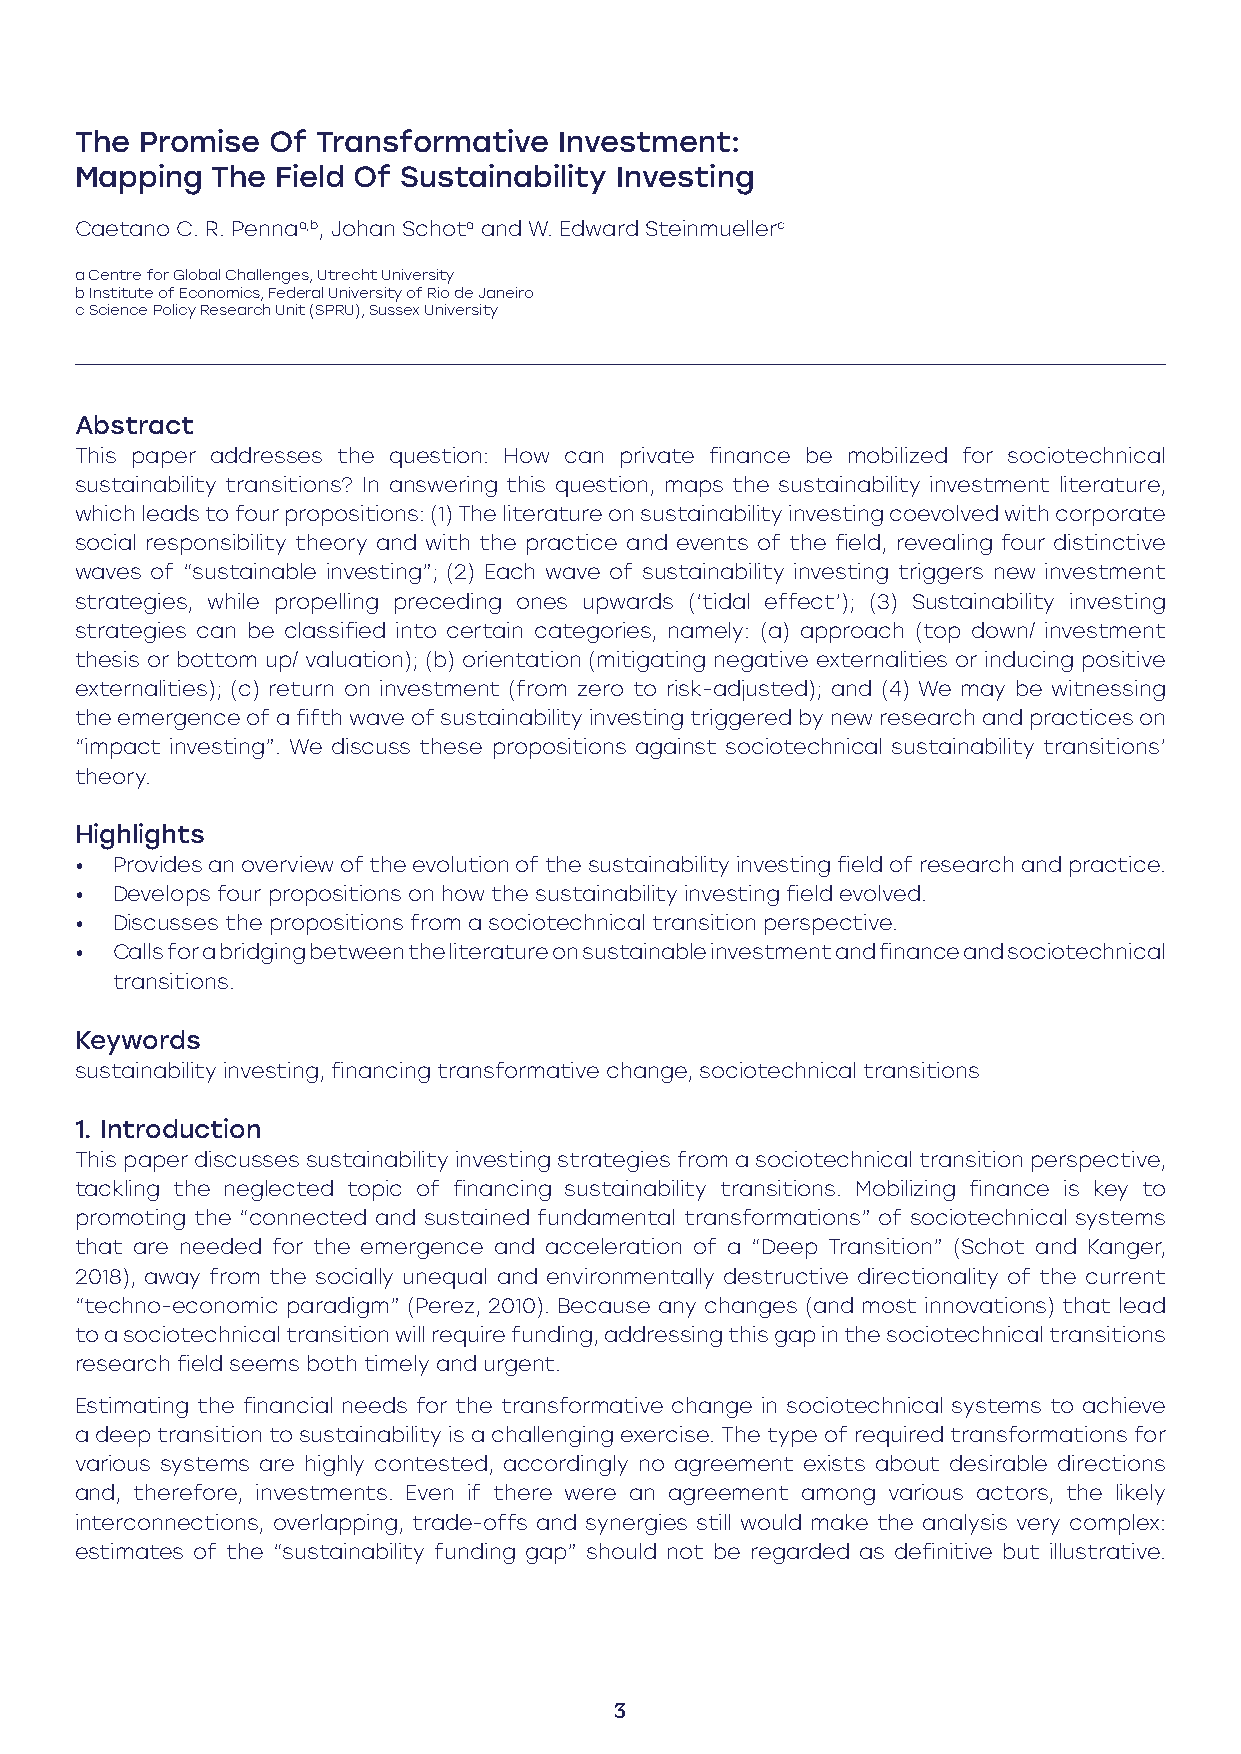
The Promise  Of Transformative  Investment:
 Mapping  The Field Of Sustainability Investing
 Caetano C. R. Pennaa,b, Johan Schota and W. Edward Steinmuellerc
 a Centre for Global Challenges, Utrecht University
 b Institute of Economics, Federal University of Rio de Janeiro
 c Science Policy Research Unit (SPRU), Sussex University
 Abstract
 This paper addresses the question: How can private finance be mobilized for sociotechnical
 sustainability transitions? In answering this question, maps the sustainability investment literature,
 which leads to four propositions: (1) The literature on sustainability investing coevolved with corporate
 social responsibility theory and with the practice and events of the field, revealing four distinctive
 waves of “sustainable investing”; (2) Each wave of sustainability investing triggers new investment
 strategies, while propelling preceding ones upwards (‘tidal effect’); (3) Sustainability investing
 strategies can be classified into certain categories, namely: (a) approach (top down/ investment
 thesis or bottom up/ valuation); (b) orientation (mitigating negative externalities or inducing positive
 externalities); (c) return on investment (from zero to risk-adjusted); and (4) We may be witnessing
 the emergence of a fifth wave of sustainability investing triggered by new research and practices on
 “impact investing”. We discuss these propositions against sociotechnical sustainability transitions’
 theory.
 Highlights
 • Provides an overview of the evolution of the sustainability investing field of research and practice.
 • Develops four propositions on how the sustainability investing field evolved.
 • Discusses the propositions from a sociotechnical transition perspective.
 • Calls for a bridging between the literature on sustainable investment and finance and sociotechnical
 transitions.
 Keywords
 sustainability investing, financing transformative change, sociotechnical transitions
 1. Introduction
 This paper discusses sustainability investing strategies from a sociotechnical transition perspective,
 tackling the neglected topic of financing sustainability transitions. Mobilizing finance is key to
 promoting the “connected and sustained fundamental transformations” of sociotechnical systems
 that are needed for the emergence and acceleration of a “Deep Transition” (Schot and Kanger,
 2018), away from the socially unequal and environmentally destructive directionality of the current
 “techno-economic paradigm” (Perez, 2010). Because any changes (and most innovations) that lead
 to a sociotechnical transition will require funding, addressing this gap in the sociotechnical transitions
 research field seems both timely and urgent.
 Estimating the financial needs for the transformative change in sociotechnical systems to achieve
 a deep transition to sustainability is a challenging exercise. The type of required transformations for
 various systems are highly contested, accordingly no agreement exists about desirable directions
 and, therefore, investments. Even if there were an agreement among various actors, the likely
 interconnections, overlapping, trade-offs and synergies still would make the analysis very complex:
 estimates of the “sustainability funding gap” should not be regarded as definitive but illustrative.
 3